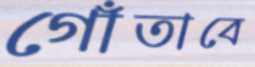
গোঁতাবে